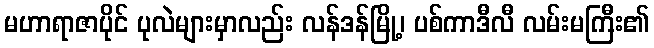
မဟာရာဇာပိုင် ပုလဲများမှာလည်း လန်ဒန်မြို့၊ ပစ်ကာဒီလီ လမ်းမကြီး၏